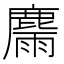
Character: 𪋉